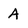
Character: A